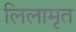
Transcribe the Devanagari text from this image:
लिलामृत